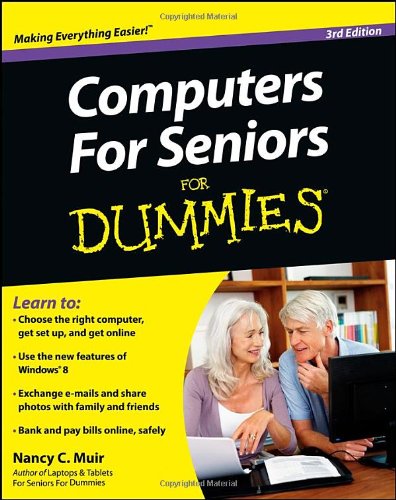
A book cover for Computers For Seniors For Dummies; Nancy C. Muir; Computers & Technology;